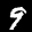
Label: 9